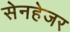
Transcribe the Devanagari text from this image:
सेनहेजर